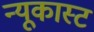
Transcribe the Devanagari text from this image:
न्यूकास्ट